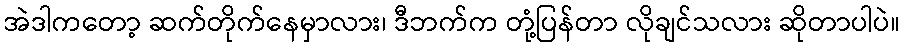
အဲဒါကတော့ ဆက်တိုက်နေမှာလား၊ ဒီဘက်က တုံ့ပြန်တာ လိုချင်သလား ဆိုတာပါပဲ။